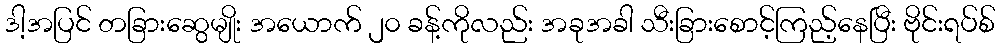
ဒါ့အပြင် တခြားဆွေမျိုး အယောက် ၂၀ ခန့်ကိုလည်း အခုအခါ သီးခြားစောင့်ကြည့်နေပြီး ဗိုင်းရပ်စ်